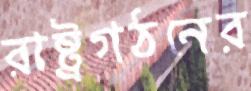
রাষ্ট্রগঠনের